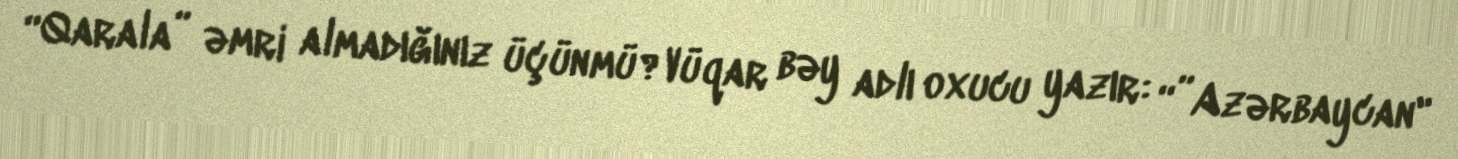
“Qarala” əmri almadığınız üçünmü?Vüqar bəy adlı oxucu yazır: “”Azərbaycan"